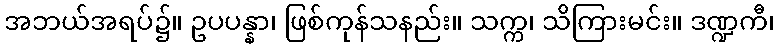
အဘယ်အရပ်၌။ ဥပပန္နာ၊ ဖြစ်ကုန်သနည်း။ သက္က၊ သိကြားမင်း။ ဒဏ္ဍကီ၊